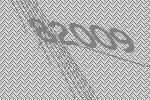
82009